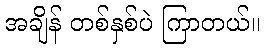
အချိန် တစ်နှစ်ပဲ ကြာတယ်။